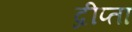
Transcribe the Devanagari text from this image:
द्रीप्ता